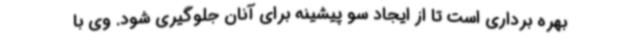
بهره برداری است تا از ایجاد سو پیشینه برای آنان جلوگیری شود. وی با